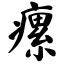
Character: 瘰